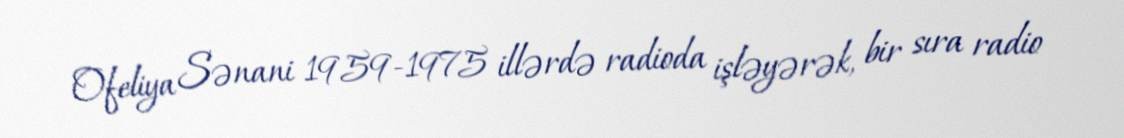
Ofeliya Sənani 1959-1975 illərdə radioda işləyərək, bir sıra radio